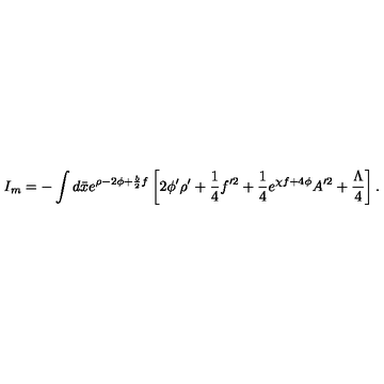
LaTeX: I _ { m } = - \int d \bar { x } e ^ { \rho - 2 \phi + \frac { b } { 2 } f } \left[ 2 \phi ^ { \prime } \rho ^ { \prime } + \frac { 1 } { 4 } f ^ { \prime 2 } + \frac { 1 } { 4 } e ^ { \chi f + 4 \phi } A ^ { \prime 2 } + \frac { \Lambda } { 4 } \right] .